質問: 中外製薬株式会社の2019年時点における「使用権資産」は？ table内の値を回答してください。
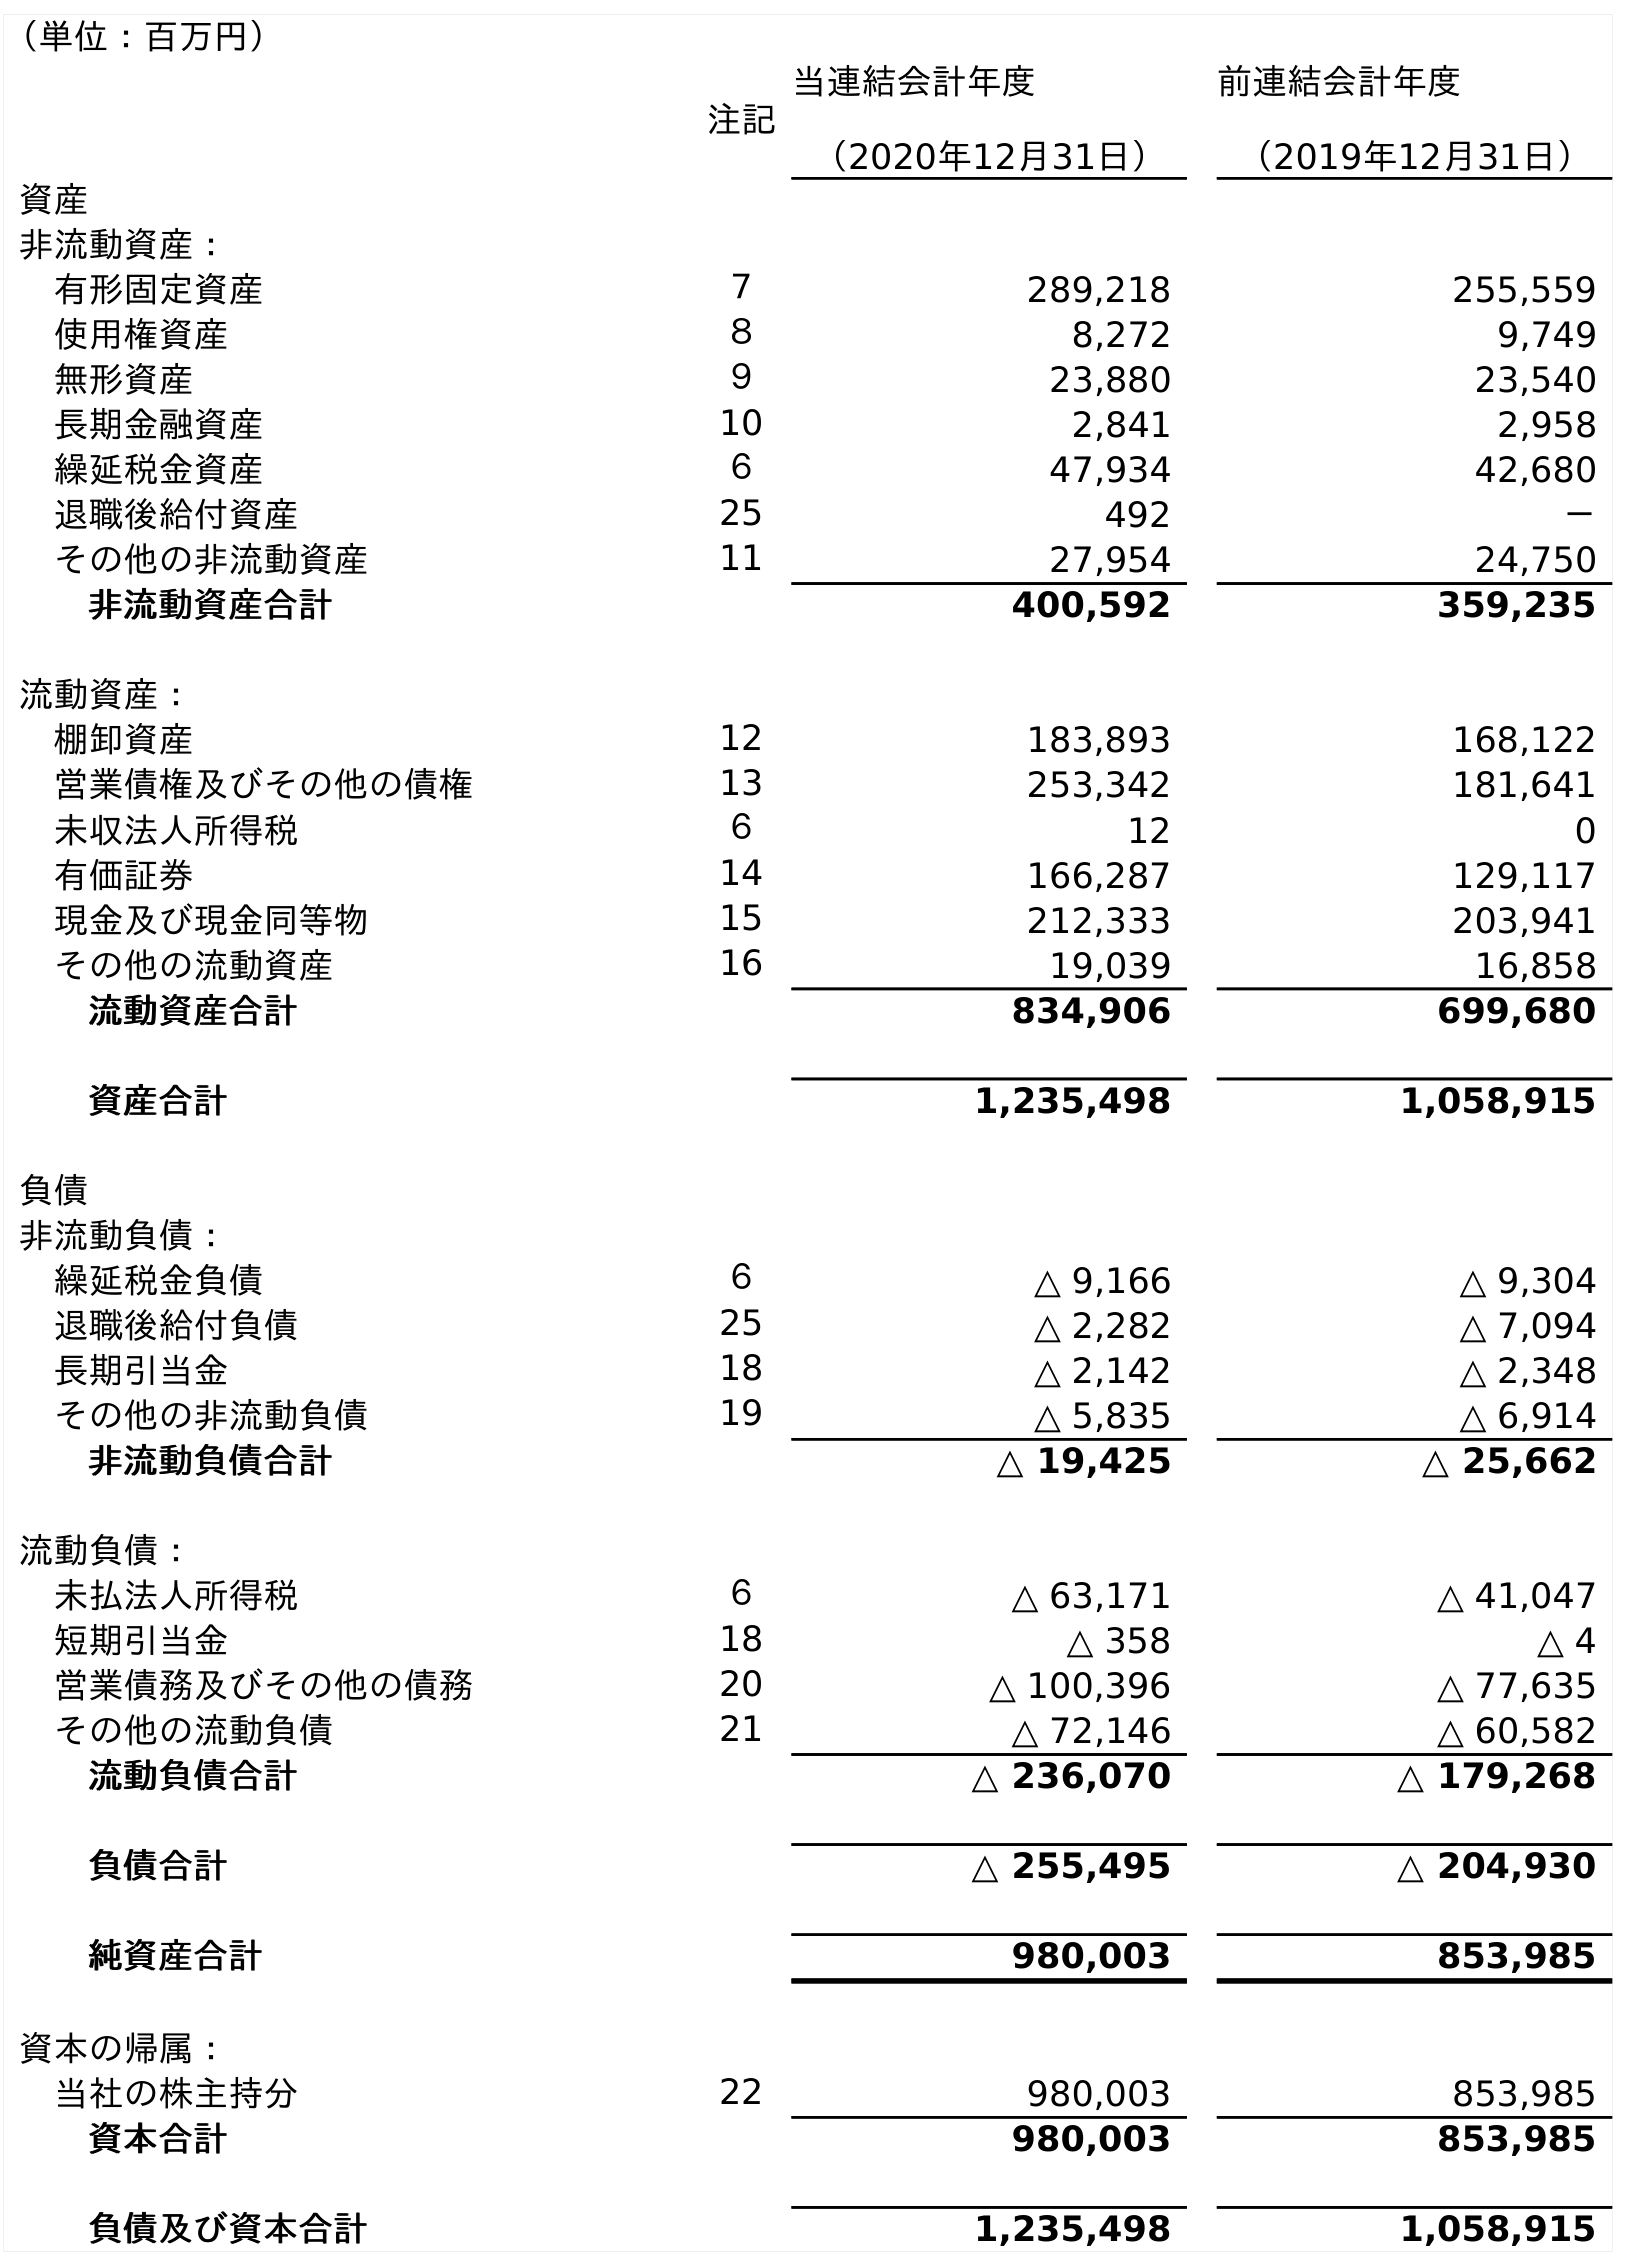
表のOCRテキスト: （単位：百万円） 注記 当連結会計年度 （2020年12月31日） 前連結会計年度 （2019年12月31日） 資産 非流動資産： 有形固定資産 ７ 289,218 255,559 使用権資産 ８ 8,272 9,749 無形資産 ９ 23,880 23,540 長期金融資産 10 2,841 2,958 繰延税金資産 ６ 47,934 42,680 退職後給付資産 25 492 － その他の非流動資産 11 27,954 24,750 非流動資産合計 400,592 359,235 流動資産： 棚卸資産 12 183,893 168,122 営業債権及びその他の債権 13 253,342 181,641 未収法人所得税 ６ 12 0 有価証券 14 166,287 129,117 現金及び現金同等物 15 212,333 203,941 その他の流動資産 16 19,039 16,858 流動資産合計 834,906 699,680 資産合計 1,235,498 1,058,915 負債 非流動負債： 繰延税金負債 ６ △ 9,166 △ 9,304 退職後給付負債 25 △ 2,282 △ 7,094 長期引当金 18 △ 2,142 △ 2,348 その他の非流動負債 19 △ 5,835 △ 6,914 非流動負債合計 △ 19,425 △ 25,662 流動負債： 未払法人所得税 ６ △ 63,171 △ 41,047 短期引当金 18 △ 358 △ 4 営業債務及びその他の債務 20 △ 100,396 △ 77,635 その他の流動負債 21 △ 72,146 △ 60,582 流動負債合計 △ 236,070 △ 179,268 負債合計 △ 255,495 △ 204,930 純資産合計 980,003 853,985 資本の帰属： 当社の株主持分 22 980,003 853,985 資本合計 980,003 853,985 負債及び資本合計 1,235,498 1,058,915
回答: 9,749